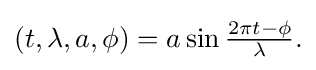
{\textstyle (t,\lambda ,a,\phi )=a\sin {\frac {2\pi t-\phi }{\lambda }}.}